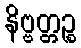
နိဗ္ဗတ္တဉ္စ